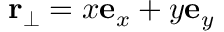
\mathbf { r } _ { \perp } = x \mathbf { e } _ { x } + y \mathbf { e } _ { y }